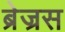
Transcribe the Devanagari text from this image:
ब्रेज्रस